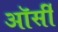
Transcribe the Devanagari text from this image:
ऑर्सी